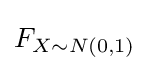
F_{X\sim N(0,1)}